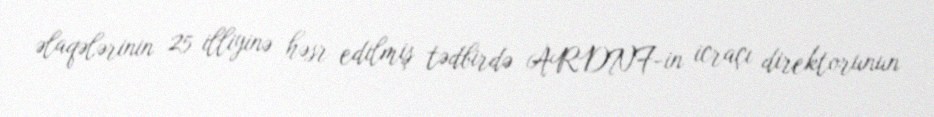
əlaqələrinin 25 illiyinə həsr edilmiş tədbirdə ARDNF-in icraçı direktorunun